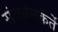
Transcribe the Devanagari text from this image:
संवर्धनकर्ते